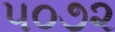
૫૦૭૨